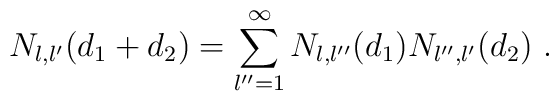
N_{l,l'} (d_1 + d_2) = \sum_{l'' = 1}^{\infty}   N_{l,l''} (d_1) N_{l'',l'} (d_2)\ .